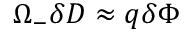
\Omega _ { - } \delta D \approx q \delta \Phi